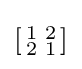
\left[{\begin{smallmatrix}1&2\\2&1\\\end{smallmatrix}}\right]